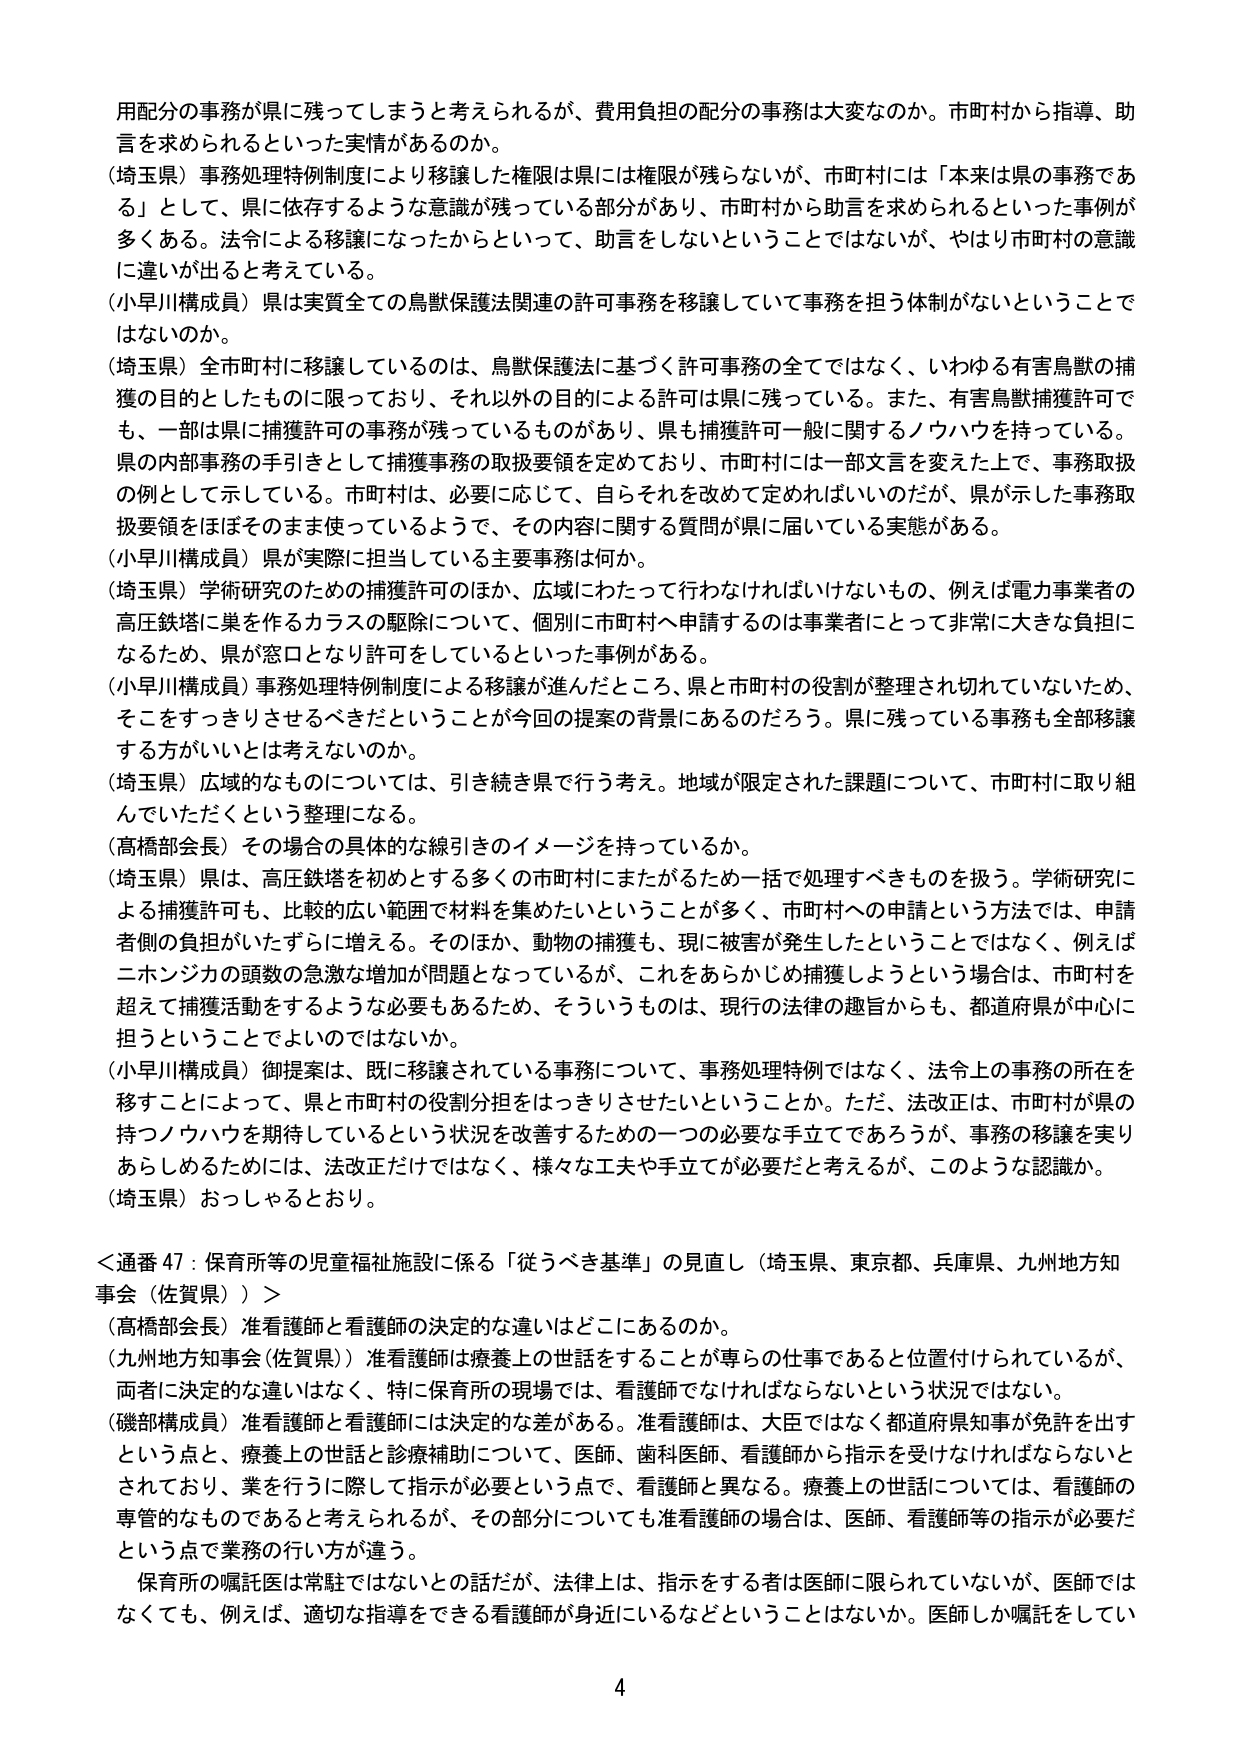
用配分の事務が県に残ってしまうと考えられるが、費用負担の配分の事務は大変なのか。市町村から指導、助言を求められるといった実情があるのか。

（埼玉県）事務処理特例制度により移譲した権限は県には権限が残らないが、市町村には「本来は県の事務である」として、県に依存するような意識が残っている部分があり、市町村から助言を求められるといった事例が多くある。法令による移譲になったからといって、助言をしないということではないが、やはり市町村の意識に違いが出ると考えている。

（小早川構成員）県は実質全ての鳥獣保護法関連の許可事務を移譲していて事務を担う体制がないということではないのか。

（埼玉県）全市町村に移譲しているのは、鳥獣保護法に基づく許可事務の全てではなく、いわゆる有害鳥獣の捕獲の目的としたものに限っており、それ以外の目的による許可は県に残っている。また、有害鳥獣捕獲許可でも、一部は県に捕獲許可の事務が残っているものがあり、県も捕獲許可一般に関するノウハウを持っている。県の内部事務の手引きとして捕獲事務の取扱要領を定めており、市町村には一部文言を変えた上で、事務取扱の例として示している。市町村は、必要に応じて、自らそれを改めて定めればいいのだが、県が示した事務取扱要領をほぼそのまま使っているようで、その内容に関する質問が県に届いている実態がある。

（小早川構成員）県が実際に担当している主要事務は何か。

（埼玉県）学術研究のための捕獲許可のほか、広域にわたって行わなければならないもの、例えば電力事業者の高圧鉄塔に巣を作るカラスの駆除について、個別に市町村へ申請するのは事業者にとって非常に大きな負担になるため、県が窓口となり許可をしているといった事例がある。

（小早川構成員）事務処理特例制度による移譲が進んだところ、県と市町村の役割が整理され切れていないため、そこをすっきりさせるべきだということが今回の提案の背景にあるのだろう。県に残っている事務も全部移譲する方がいいとは考えないのか。

（埼玉県）広域的なものについては、引き続き県で行う考え。地域が限定された課題について、市町村に取り組んでいただくという整理になる。

（高橋部会長）その場合の具体的な線引きのイメージを持っているか。

（埼玉県）県は、高圧鉄塔を初めとする多くの市町村にまたがるため一括で処理すべきものを扱う。学術研究による捕獲許可も、比較的広い範囲で材料を集めたいということが多く、市町村への申請という方法では、申請者側の負担がいたずらに増える。そのほか、動物の捕獲も、現に被害が発生したということではなく、例えばニホンジカの頭数の急激な増加が問題となっているが、これをあらかじめ捕獲しようという場合は、市町村を超えて捕獲活動をするような必要もあるため、そういうものは、現行の法律の趣旨からも、都道府県が中心に担うということもよいのではないか。

（小早川構成員）御提案は、既に移譲されている事務について、事務処理特例ではなく、法令上の事務の所在を移すことによって、県と市町村の役割分担をはっきりさせたいということか。ただ、法改正は、市町村が県の持つノウハウを期待しているという状況を改善するための一つの必要な手立てであろうが、事務の移譲を実りあらしめるためには、法改正だけではなく、様々な工夫や手立てが必要だと考えるが、このような認識か。

（埼玉県）おっしゃるとおり。

＜通番 47：保育所等の児童福祉施設に係る「従うべき基準」の見直し（埼玉県、東京都、兵庫県、九州地方知事会（佐賀県））＞

（高橋部会長）准看護師と看護師の決定的な違いはどこにあるのか。

（九州地方知事会（佐賀県））准看護師は療養上の世話をすることが専らの仕事であると位置付けられているが、両者に決定的な違いはなく、特に保育所の現場では、看護師でなければならないという状況ではない。

（磯部構成員）准看護師と看護師には決定的な差がある。准看護師は、大臣ではなく都道府県知事が免許を出すという点と、療養上の世話と診療補助について、医師、歯科医師、看護師から指示を受けなければならないとされており、業を行うに際して指示が必要という点で、看護師と異なる。療養上の世話については、看護師の専管なものであると考えられるが、その部分についても准看護師の場合は、医師、看護師等の指示が必要だという点で業務の行い方が違う。

保育所の嘱託医は常駐ではないとの話だが、法律上は、指示をする者は医師に限られていないが、医師ではなくても、例えば、適切な指導をできる看護師が身近にいるなどということはないか。医師しか嘱託をしてい

4